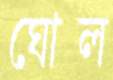
ঘোল